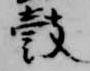
鼓